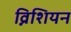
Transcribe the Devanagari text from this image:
व्निशियन